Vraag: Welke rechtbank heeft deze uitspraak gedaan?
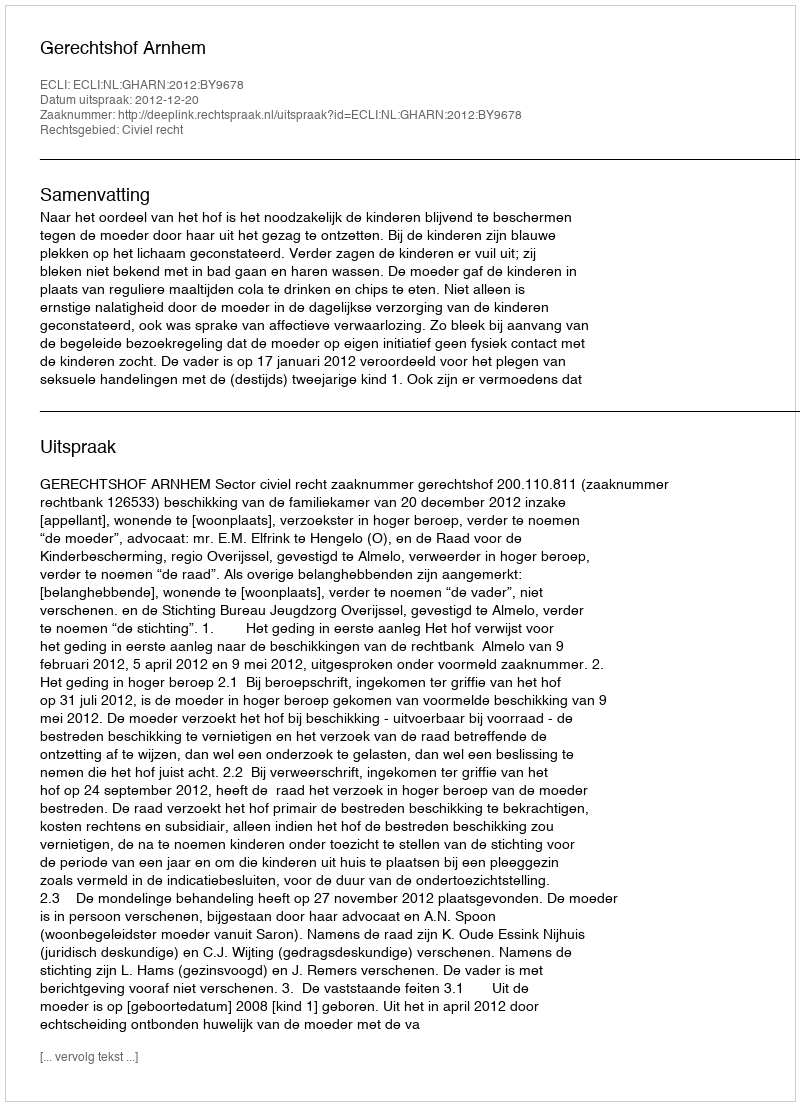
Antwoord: Gerechtshof Arnhem